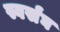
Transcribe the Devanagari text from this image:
स्वर्संघ